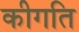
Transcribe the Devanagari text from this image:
कीगति